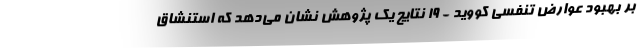
بر بهبود عوارض تنفسی کووید - 19 نتایج یک پژوهش نشان می‌دهد که استنشاق